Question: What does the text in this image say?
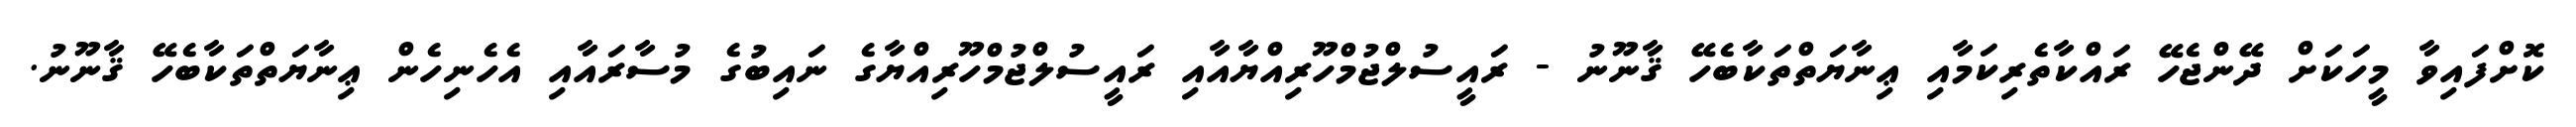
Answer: ކޮށްފައިވާ މީހަކަށް ދޭންޖެހޭ ރައްކާތެރިކަމާއި ޢިނާޔަތްތަކާބެހޭ ޤާނޫނު - ރައީސުލްޖުމްހޫރިއްޔާއާއި ރައީސުލްޖުމްހޫރިއްޔާގެ ނައިބުގެ މުސާރައާއި އެހެނިހެން ޢިނާޔަތްތަކާބެހޭ ޤާނޫނު.